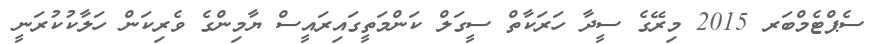
ސެޕްޓެމްބަރ 2015 މިރޭގެ ސީދާ ހަރަކާތް ސީގަލް ކަންމަތީގައިރައީސް ޔާމިންގެ ވެރިކަން ހަލާކުކުރަނީ